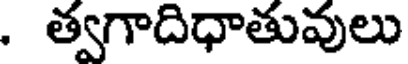
. త్వగాదిధాతువులు